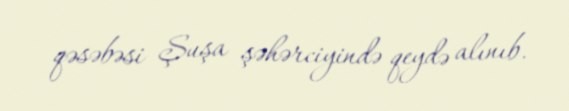
qəsəbəsi Şuşa şəhərciyində qeydə alınıb.